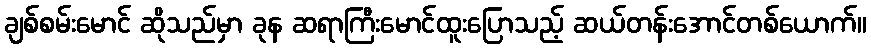
ချစ်စမ်းမောင် ဆိုသည်မှာ ခုန ဆရာကြီးမောင်ထူးပြောသည့် ဆယ်တန်းအောင်တစ်ယောက်။